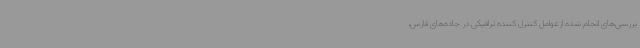
بررسی‌های انجام شده ازعوامل کنترل کننده ترافیکی در جاده‌های فارس،